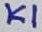
Text: K1